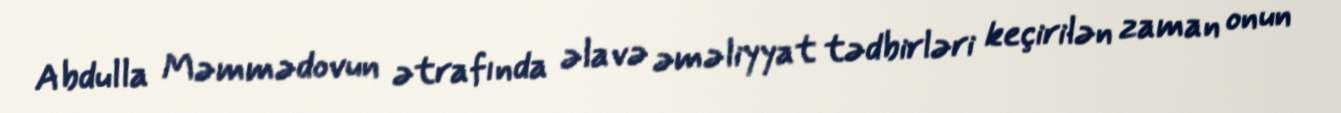
Abdulla Məmmədovun ətrafında əlavə əməliyyat tədbirləri keçirilən zaman onun